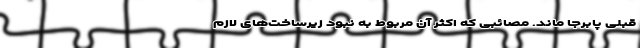
قبلی پابرجا ماند. مصائبی که اکثر آن مربوط به نبود زیرساخت‌های لازم